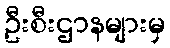
ဦးစီးဌာနများမှ